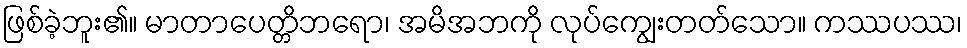
ဖြစ်ခဲ့ဘူး၏။ မာတာပေတ္တိဘရော၊ အမိအဘကို လုပ်ကျွေးတတ်သော။ ကဿပဿ၊